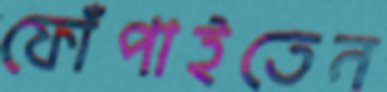
ফোঁপাইতেন